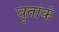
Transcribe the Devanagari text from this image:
वृतांकं